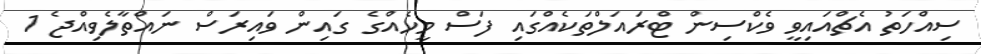
ސިއްހަތު އެޗްއައިވީ ވެކްސިން ޓްރައަލްތަކެއްގައި ފަސް މީހެއްގެ ގައިން ވައިރަސް ނައްތާލެވިއްޖެ 1